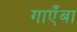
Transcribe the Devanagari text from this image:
गाएँबा